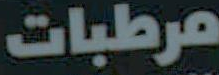
مرطبات